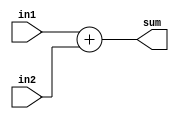
module fir_adder(
input [35:0] in1 , //maximum data out is 36 bit 
input [35:0] in2 ,
output [35:0] sum
);

assign sum = in1 + in2 ;

endmodule